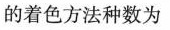
的着色方法种数为